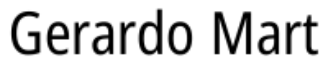
Gerardo Mart